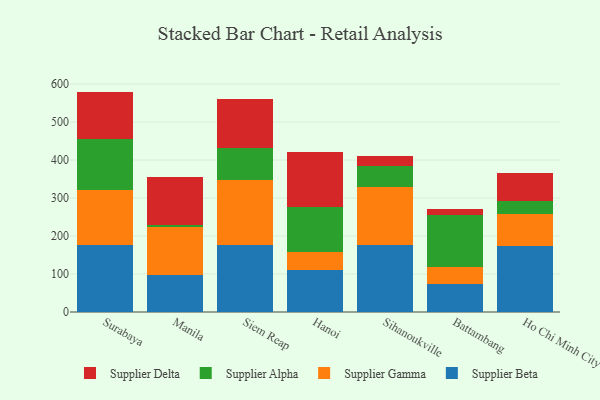
{"axis": {"x": "City", "y": "Page Views"}, "legend": ["Supplier Alpha", "Supplier Beta", "Supplier Delta", "Supplier Gamma"], "data": [{"x": "Surabaya", "y": 177.0, "type": "Supplier Beta"}, {"x": "Surabaya", "y": 144.2, "type": "Supplier Gamma"}, {"x": "Surabaya", "y": 134.5, "type": "Supplier Alpha"}, {"x": "Surabaya", "y": 124.5, "type": "Supplier Delta"}, {"x": "Manila", "y": 98.6, "type": "Supplier Beta"}, {"x": "Manila", "y": 126.3, "type": "Supplier Gamma"}, {"x": "Manila", "y": 5.4, "type": "Supplier Alpha"}, {"x": "Manila", "y": 126.2, "type": "Supplier Delta"}, {"x": "Siem Reap", "y": 176.4, "type": "Supplier Beta"}, {"x": "Siem Reap", "y": 171.7, "type": "Supplier Gamma"}, {"x": "Siem Reap", "y": 83.2, "type": "Supplier Alpha"}, {"x": "Siem Reap", "y": 128.4, "type": "Supplier Delta"}, {"x": "Hanoi", "y": 110.6, "type": "Supplier Beta"}, {"x": "Hanoi", "y": 47.5, "type": "Supplier Gamma"}, {"x": "Hanoi", "y": 117.5, "type": "Supplier Alpha"}, {"x": "Hanoi", "y": 146.2, "type": "Supplier Delta"}, {"x": "Sihanoukville", "y": 176.4, "type": "Supplier Beta"}, {"x": "Sihanoukville", "y": 153.6, "type": "Supplier Gamma"}, {"x": "Sihanoukville", "y": 54.7, "type": "Supplier Alpha"}, {"x": "Sihanoukville", "y": 26.9, "type": "Supplier Delta"}, {"x": "Battambang", "y": 74.6, "type": "Supplier Beta"}, {"x": "Battambang", "y": 43.4, "type": "Supplier Gamma"}, {"x": "Battambang", "y": 138.3, "type": "Supplier Alpha"}, {"x": "Battambang", "y": 15.6, "type": "Supplier Delta"}, {"x": "Ho Chi Minh City", "y": 172.7, "type": "Supplier Beta"}, {"x": "Ho Chi Minh City", "y": 86.3, "type": "Supplier Gamma"}, {"x": "Ho Chi Minh City", "y": 33.4, "type": "Supplier Alpha"}, {"x": "Ho Chi Minh City", "y": 74.8, "type": "Supplier Delta"}]}